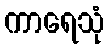
ကာရေသုံ